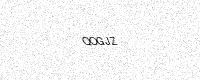
Text: QOGJZ